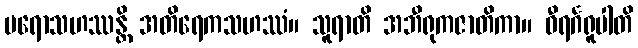
ပရောသဟဿန္တိ အတိရေကသဟဿံ။ သူရာတိ အဘီရုကဇာတိကာ။ ဝီရင်္ဂရူပါတိ